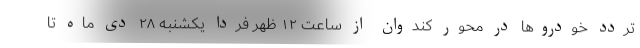
تردد خودروها در محور کندوان از ساعت ۱۲ ظهر فردا یکشنبه ۲۸ دی ماه تا